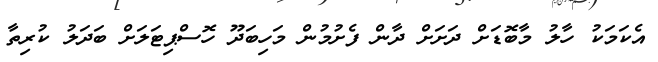
އެކަމަކު ހާލު މާބޮޑަށް ދަށަށް ދާން ފެށުމުން މަހިބަދޫ ހޮސްޕިޓަލަށް ބަދަލު ކުރިތާ